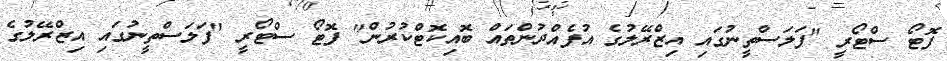
ފޮޓޯ ސްޓޯރީ "ފަލަސްތީނުގައި އިޒްރޭލުގެ އުފެއްދުންތައް ބޮއިކޮޓްކުރުން" ފޮޓޯ ސްޓޯރީ "ފަލަސްތީނުގައި އިޒްރޭލުގެ